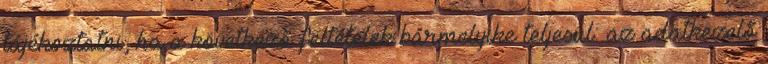
tájékoztatni, ha a következő feltételek bármelyike teljesül: az adatkezelő